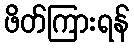
ဖိတ်ကြားရန်